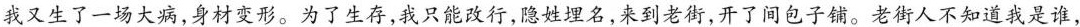
我又生了一场大病，身材变形。为了生存，我只能改行，隐姓埋名，来到老街，开了间包子铺。老街人不知道我是谁，